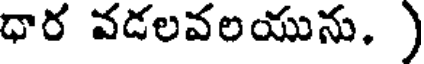
ధార వడలవలయును. )